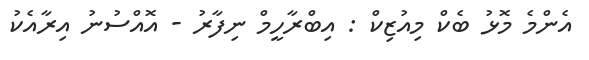
އެންމެ މޮޅު ބެކް މިއުޒިކް : އިބްރާހީމް ނިފާރު - އޮއްސުނު އިރާއެކު